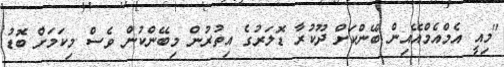
"މިއީ އެމްއެމްއޭއިން ބޭންކަށް ދޫކުރާ ޑޮލަރުގެ އިތުރުން މިބޭންކުން ވެސް މިކަމަށް ބޮޑު